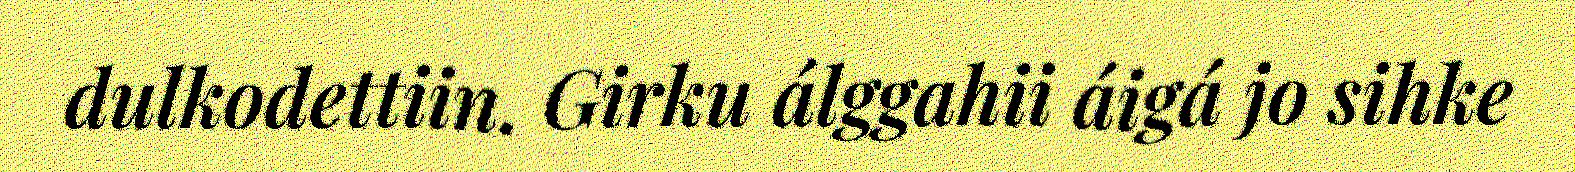
dulkodettiin. Girku álggahii áigá jo sihke